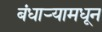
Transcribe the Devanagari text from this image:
बंधार्‍यामधून